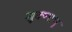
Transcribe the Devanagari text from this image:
सूक्ष्माणु